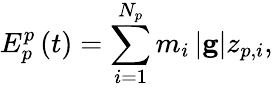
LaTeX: E_{p}^{p}\left(t\right)=\sum_{i=1}^{N_{p}}m_{i}\left|\mathbf{g}\right|z_{p,i},